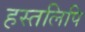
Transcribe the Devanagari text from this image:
हस्‍तलिपि